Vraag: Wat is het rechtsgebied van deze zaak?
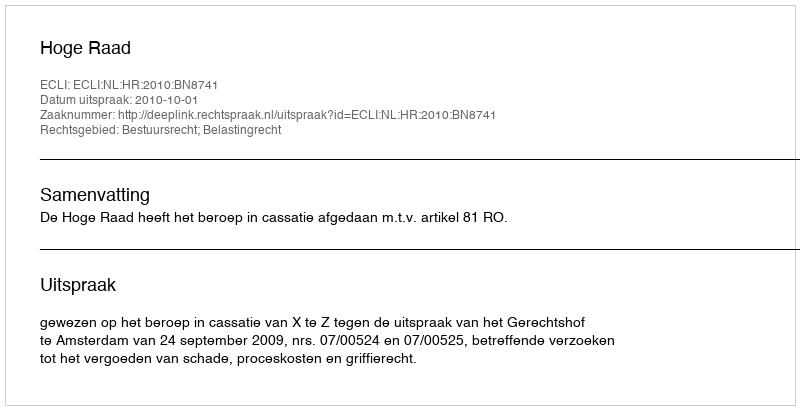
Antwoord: Bestuursrecht; Belastingrecht